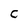
Character: C